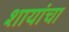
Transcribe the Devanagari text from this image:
शायांचा